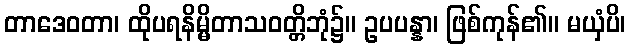
တာဒေဝတာ၊ ထိုပရနိမ္မိတာသဝတ္တိဘုံ၌။ ဥပပန္နာ၊ ဖြစ်ကုန်၏။ မယှံပိ၊